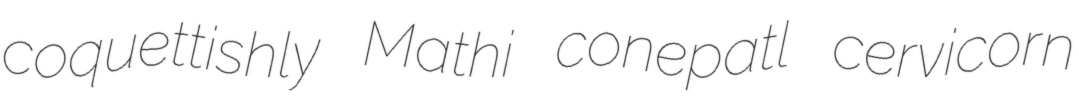
coquettishly Mathi conepatl cervicorn